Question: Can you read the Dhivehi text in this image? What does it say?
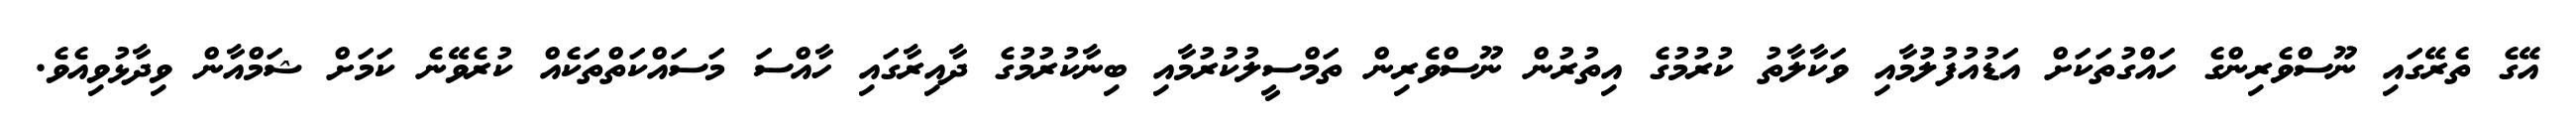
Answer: އޭގެ ތެރޭގައި ނޫސްވެރިންގެ ހައްގުތަކަށް އަޑުއުފުލުމާއި ވަކާލާތު ކުރުމުގެ އިތުރުން ނޫސްވެރިން ތަމްސީލުކުރުމާއި ބިނާކުރުމުގެ ދާއިރާގައި ހާއްސަ މަސައްކަތްތަކެއް ކުރެވޭނެ ކަމަށް ޝަމްއާން ވިދާޅުވިއެވެ.